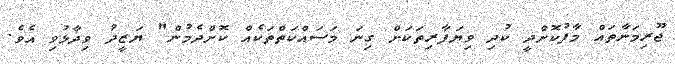
ޖޫރިމަނާތައް މާފުކޮށްދީ ކުދި ވިޔަފާރިތަކަށް ގިނަ މަސައްކަތްތަކެއް ކޮށްދެމުން" ޔަޒީދު ވިދާޅުވި އެވެ.